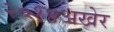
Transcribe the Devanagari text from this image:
२०१४अखेर